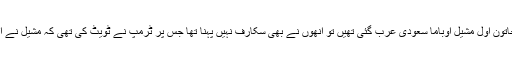
جنوری 2015 میں جب سابق خاتونِ اول مشیل اوباما سعودی عرب گئی تھیں تو انھوں نے بھی سکارف نہیں پہنا تھا جس پر ٹرمپ نے ٹویٹ کی تھی کہ مشیل نے اپنے میزبانوں کی توہین کی ہے۔